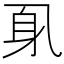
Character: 𲄗